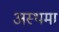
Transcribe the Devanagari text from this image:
अस्‍थमा